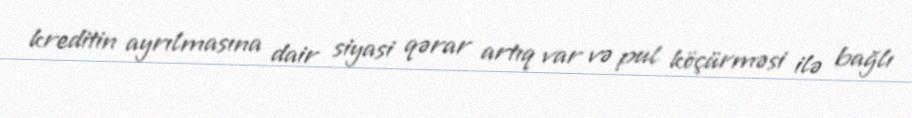
kreditin ayrılmasına dair siyasi qərar artıq var və pul köçürməsi ilə bağlı